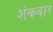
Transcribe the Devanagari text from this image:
शंकवार